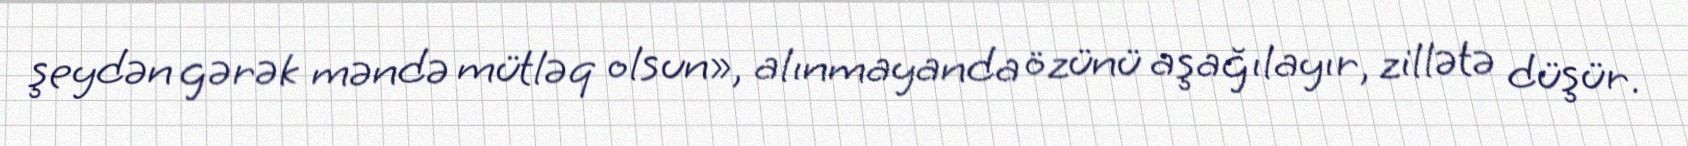
şeydən gərək məndə mütləq olsun», alınmayanda özünü aşağılayır, zillətə düşür.